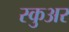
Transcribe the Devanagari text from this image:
स्कुअर